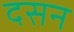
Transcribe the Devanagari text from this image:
दसन